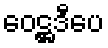
ဝေဋ္ဌဒီပေ